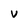
Character: V